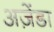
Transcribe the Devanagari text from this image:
अज़ेंडा